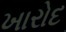
ખારોદ